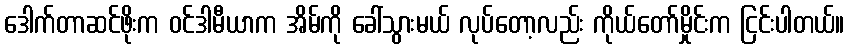
ဒေါက်တာဆင်ဖိုးက ဝင်ဒါမီယာက အိမ်ကို ခေါ်သွားမယ် လုပ်တော့လည်း ကိုယ်တော်မှိုင်းက ငြင်းပါတယ်။